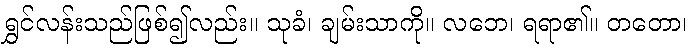
ရွှင်လန်းသည်ဖြစ်၍လည်း။ သုခံ၊ ချမ်းသာကို။ လဘေ၊ ရရာ၏။ တတော၊